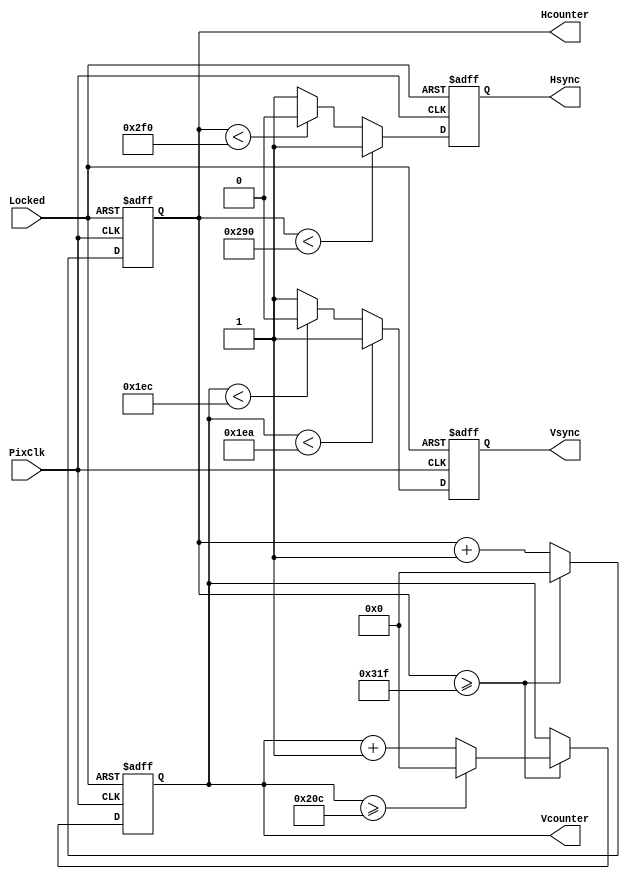
`timescale 1ns / 1ps
//////////////////////////////////////////////////////////////////////////////////
// Company: 
// Engineer: 
// 
// Design Name: 
// Module Name:    VGA_controller 
// Project Name: 
// Target Devices: 
// Tool versions: 
// Description: 
//
// Dependencies: 
//
// Revision: 
// Revision 0.01 - File Created
// Additional Comments: 
//
//////////////////////////////////////////////////////////////////////////////////

//800 horizontal counts
//525 vertical counts

module VGAcontroller(
		Locked,
		PixClk,
		Hsync,
		Vsync,
		Hcounter,
		Vcounter
    );

//
input Locked;
input PixClk;
//
output Hsync,Vsync;
output[9:0] Hcounter,Vcounter;
//
reg Hsync,Vsync;
reg[9:0] Hcounter,Vcounter;
//
wire[9:0] Hcounter_next,Vcounter_next;
wire Hsync_next,Vsync_next;
//
assign Hcounter_next = (Hcounter>=799)?	0:Hcounter+1'b1;
assign Vcounter_next = (Vcounter>=524)?	0:Vcounter+1'b1;
assign Hsync_next = (Hcounter<656)?	1'b1:((Hcounter<752)?	1'b0:1'b1);
assign Vsync_next = (Vcounter<490)?	1'b1:((Vcounter<492)?	1'b0:1'b1);

always @(posedge PixClk or negedge Locked)begin
	if(!Locked)begin
		Hcounter<=10'b0;
		Vcounter<=10'b0;
		Hsync<=1'b0;
		Vsync<=1'b0;
	end else begin
		Hcounter<=Hcounter_next;
		Hsync<=Hsync_next;
		Vsync<=Vsync_next;
		if(Hcounter>=799)begin
			Vcounter<=Vcounter_next;
		end
	end
end
endmodule